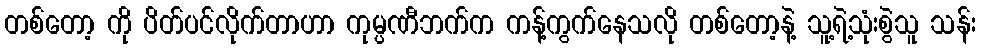
တစ်တော့ ကို ပိတ်ပင်လိုက်တာဟာ ကုမ္ပဏီဘက်က ကန့်ကွက်နေသလို တစ်တော့နဲ့ သူ့ရဲ့သုံးစွဲသူ သန်း